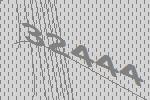
32444